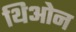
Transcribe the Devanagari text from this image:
थिओन